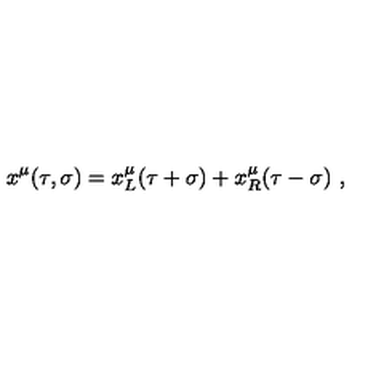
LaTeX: x ^ { \mu } ( \tau , \sigma ) = x _ { L } ^ { \mu } ( \tau + \sigma ) + x _ { R } ^ { \mu } ( \tau - \sigma ) \ ,